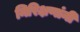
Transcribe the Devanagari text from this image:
निरिक्षणांनी